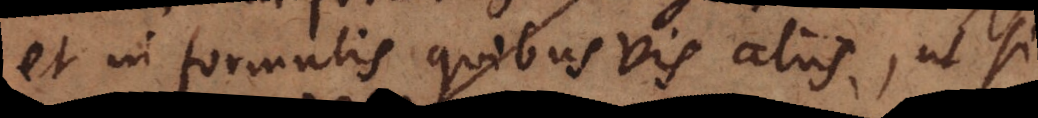
et in formulis quibusvis aliis, ut si